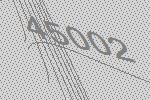
45002